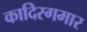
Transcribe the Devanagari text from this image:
कादिरगमार